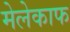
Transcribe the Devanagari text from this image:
मेलेकाफ